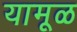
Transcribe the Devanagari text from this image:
यामूळ